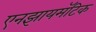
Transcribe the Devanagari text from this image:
एनझायमॅटिक